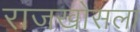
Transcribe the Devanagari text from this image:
राजखोसला